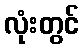
လုံးတွင်